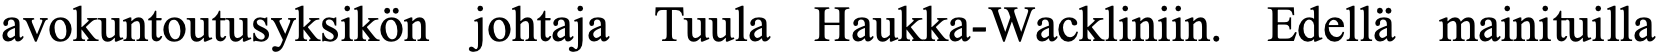
avokuntoutusyksikön johtaja Tuula Haukka-Wackliniin. Edellä mainituilla